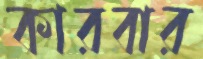
কারবার